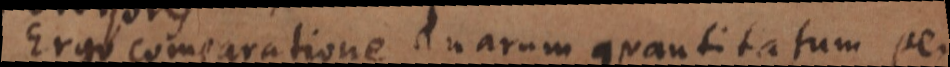
s Comparatio duarum quantitatum est